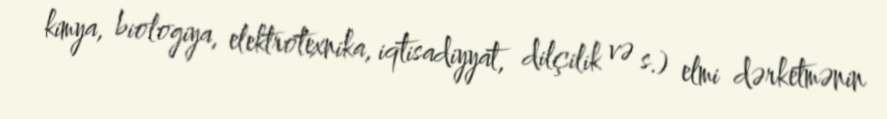
kimya, biologiya, elektrotexnika, iqtisadiyyat, dilçilik və s.) elmi dərketmənin